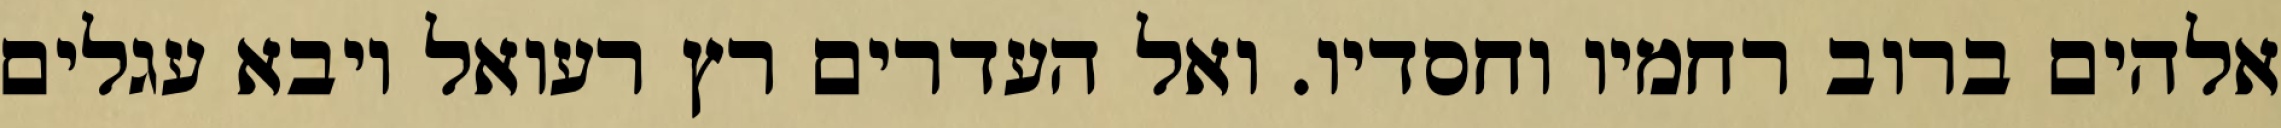
אלהים ברוב רחמיו וחסדיו. ואל העדרים רץ רעואל ויבא עגלים